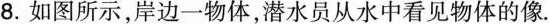
8.如图所示，岸边一物体，潜水员从水中看见物体的像.